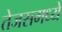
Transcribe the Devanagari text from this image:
तेजसमध्ये